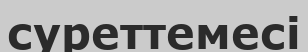
суреттемесі